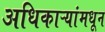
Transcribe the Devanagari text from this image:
अधिकाऱ्यांमधून